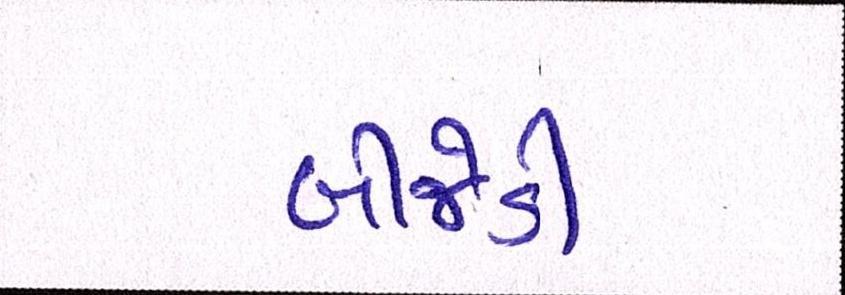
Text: બીજેડી